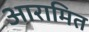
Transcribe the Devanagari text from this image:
आरामित